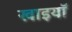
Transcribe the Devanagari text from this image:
खाइयॉ